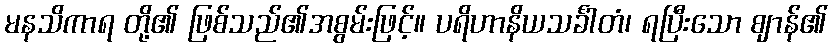
မနသိကာရ တို့၏ ဖြစ်သည်၏အစွမ်းဖြင့်။ ပရိဟာနိယသင်္ခါတံ၊ ရပြီးသော ဈာန်၏